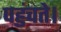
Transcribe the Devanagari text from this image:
पहुंचते।